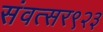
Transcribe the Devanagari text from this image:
संवत्सर९२३